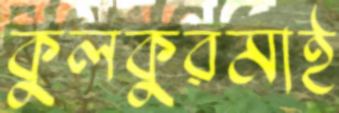
কুলকুরমাই